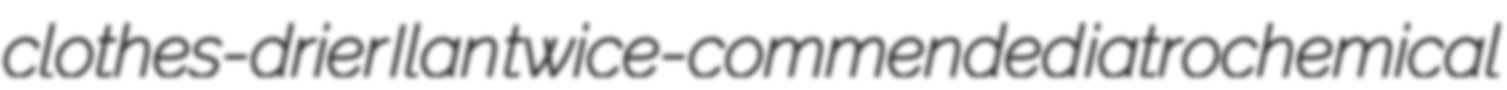
clothes-drier Ilan twice-commended iatrochemical